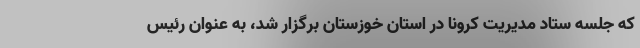
که جلسه ستاد مدیریت کرونا در استان خوزستان برگزار شد، به عنوان رئیس